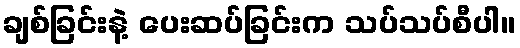
ချစ်ခြင်းနဲ့ ပေးဆပ်ခြင်းက သပ်သပ်စီပါ။